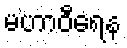
မဟာဝီရေန